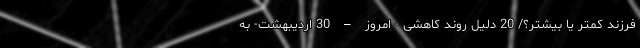
فرزند کمتر یا بیشتر؟/ 20 دلیل روند کاهشی - امروز – 30 اردیبهشت- به